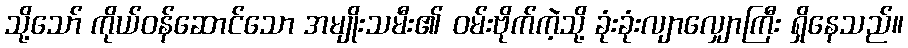
သို့သော် ကိုယ်ဝန်ဆောင်သော အမျိုးသမီး၏ ဝမ်းဗိုက်ကဲ့သို့ ခုံးခုံးလျာလျှောကြီး ရှိနေသည်။